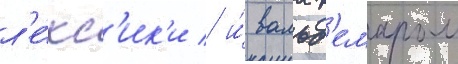
л'е́кс'ик'и / и́ вальд'емаром